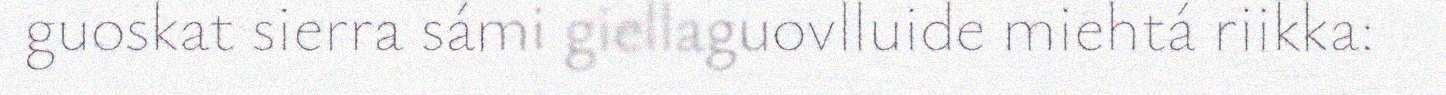
guoskat sierra sámi giellaguovlluide miehtá riikka: